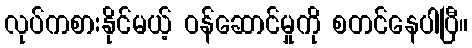
လုပ်ကစားနိုင်မယ့် ဝန်ဆောင်မှုကို စတင်နေပါပြီ။